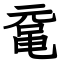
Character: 鼋